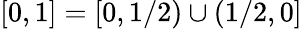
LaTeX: [0,1]=[0,1/2)\cup(1/2,0]